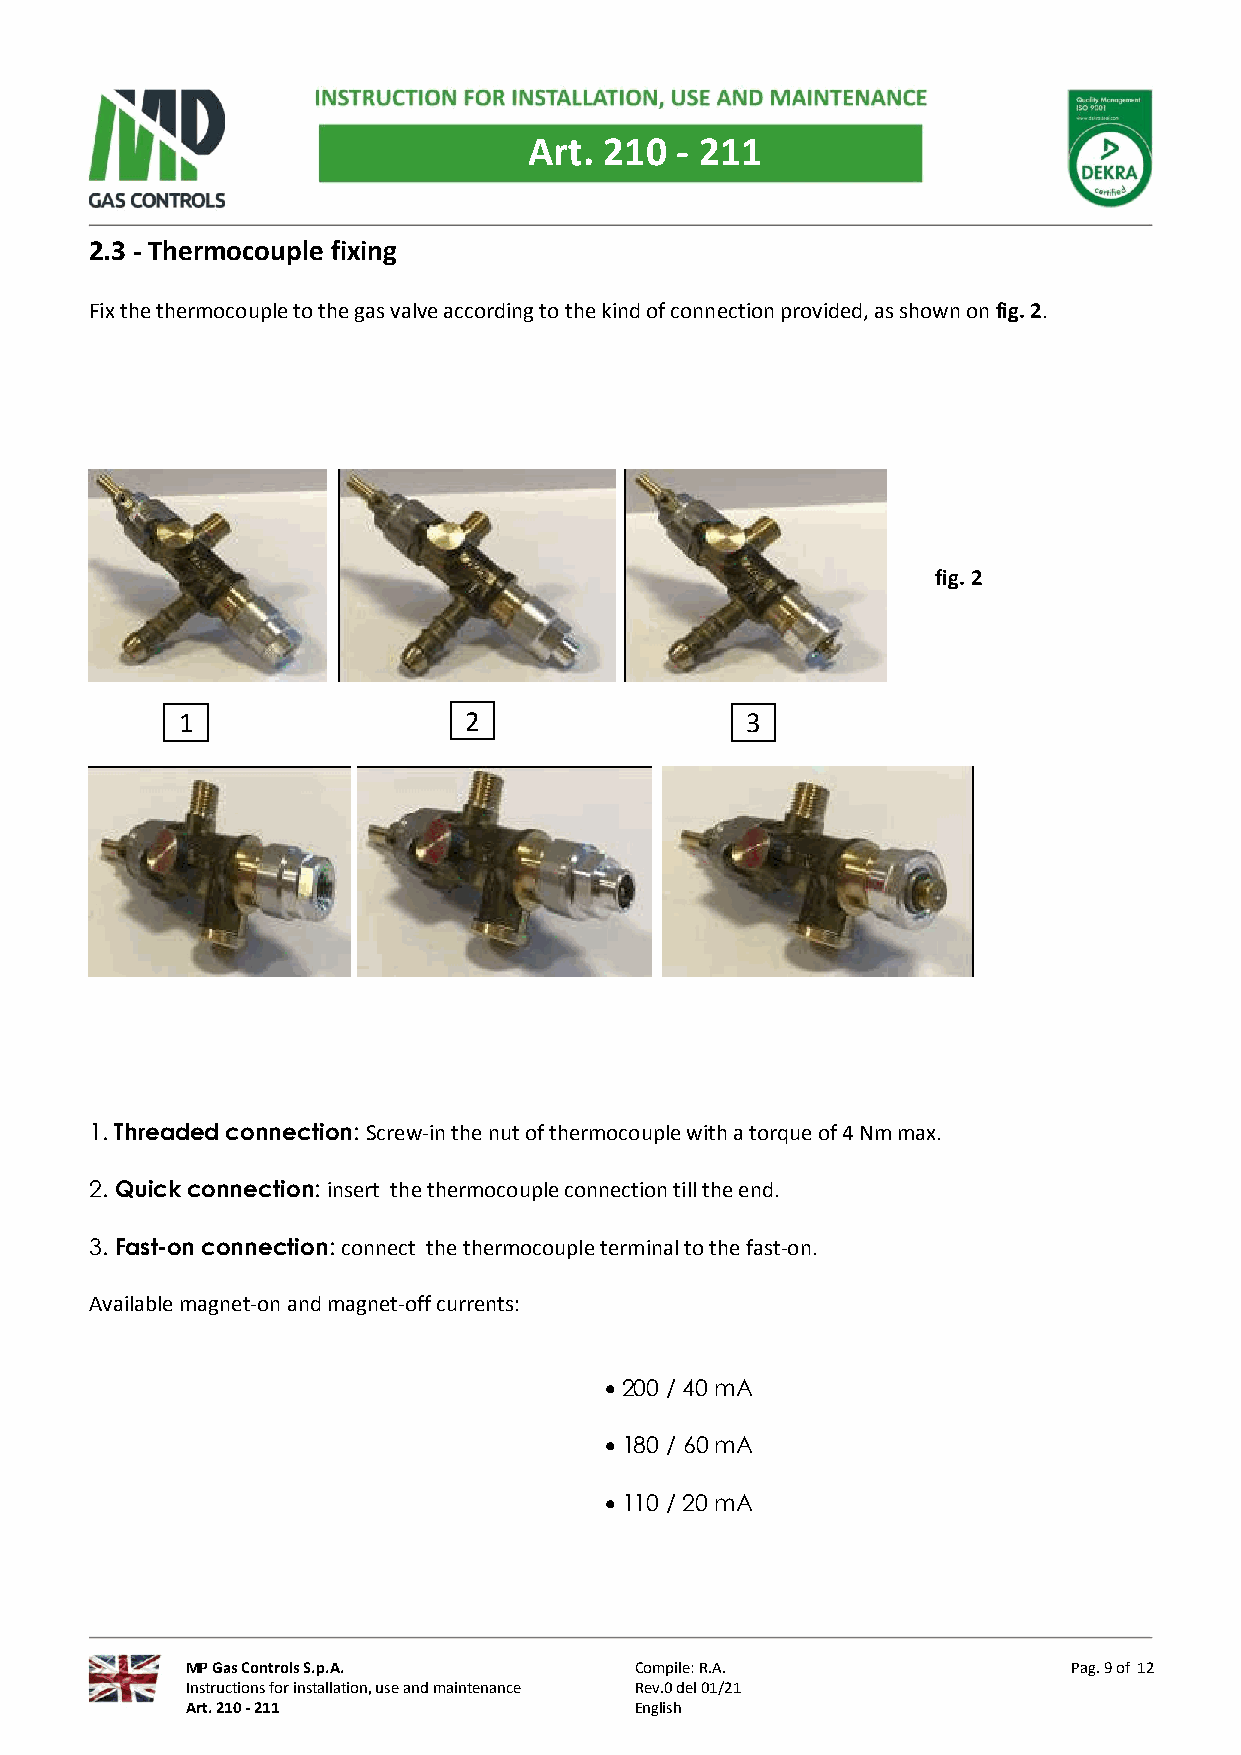
Art. 210  - 211
 2.3 - Thermocouple fixing
 Fix the thermocouple to the gas valve according to the kind of connection provided, as shown on fig. 2.
 fig. 2
 1                  2                 3
 1. Threaded connection: Screw-in the nut of thermocouple with a torque of 4 Nm max.
 2. Quick connection: insert the thermocouple connection till the end.
 3. Fast-on connection: connect the thermocouple terminal to the fast-on.
 Available magnet-on and magnet-off currents:
 • 200 / 40 mA
 • 180 / 60 mA
 • 110 / 20 mA
 MP Gas Controls S.p.A.        Compile: R.A.                Pag. 9 of 12
 Instructions for installation, use and maintenance Rev.0 del 01/21
 Art. 210 - 211                English